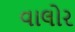
વાલોર